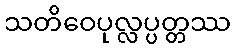
သတိဝေပုလ္လပ္ပတ္တဿ